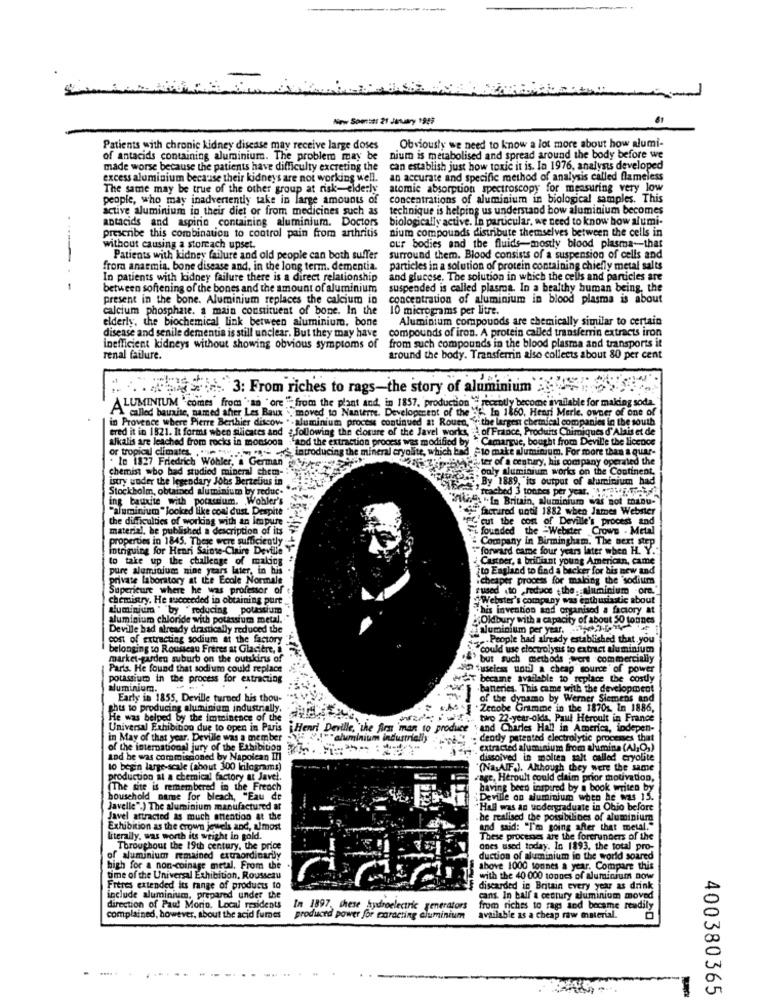
New Som:s: 21 Jetutry 1949
Patients with chronic kidney disease may receive large doses
Obviously we need to know a lot more about how alumi-
of antacids containing aluminium. The problem may be
nium is metabolised and spread around the body before we
made worse because the patients have difficulty excreting the
can establish just how toxic it is. In 1976, analysts developed
excess aluminium because their kidneys are not working well.
an accurate and specific method of analysis called flameless
The same may be true of the other group at risk-elderly atomic absorption spectroscopy for measuring very low
people, who may inadvertently take in large amounts of concentrations of aluminium in biological samples. This
active aluminium in their diet or from medicines such as
technique is helping us understand bow aluminium becomes
antacids and aspirin containing aluminium. Doctors
biologically active. In particular, we need to know how alumi-
nium compounds distribute themselves between the cells in
prescribe this combination to control pain from arthritis
without causing a stomach upset.
our bodies and the fluids-mostly blood plasma-that
---
Patients with kidney failure and old people can both suffer
surround them. Blood consists of a suspension of cells and
from anaemia, bone disease and, in the long term. dementia.
particles in a solution of protein containing chiefly metal salts
In patients with kidney failure there is a direct relationship
and glucose. The solution in which the cells and particles are
- -
between softening of the bones and the amount of aluminium
suspended is called plasmoa. In a healthy human being, the
present in the bone. Aluminium replaces the calcium in
concentration of aluminium in blood plasma is about
calcium phosphate. a main constituent of bone. In the
10 micrograms per litre.
elderly, the biochemical link between aluminium. bone
Aluminium compounds are chemically similar to certain
compounds of iron. A protein called transferrin extracts iron
disease and senile dementia is still unclear. But they may have
inefficient kidneys without showing obvious symptoms of
from such compounds in the blood plasma and transports it
renal failure.
around the body. Transferrin also collects about 80 per cent
MAhog war .. 3: From riches to rags-the story of aluminium ::
ALUMINIUM "comes" from "an "ore "" from the plant and, in 1857, production " recently become available for making soda.
called bauxite, named after Les Baux , moved to Nanterre. Development of the .", In 1860. Henri Merle. owner of one of
in Provence where Pierre Berthier discove " . aluminium process continued at Rouen, the largen chemical companies in the south
tred it in 1821. It forms when silicates and @ following the closure of the Javel works, " of France, Produits Chimiques d'Alais et de
or tropical climates. . .. ..
introducing the mineral cryolite, which bad "to make aluminium. For more than a Quar-
and the extraction process was modified by
. le 1827 Friedrich Wohler, a German werkes"
zee burg ter of a century, his company operated the
chemist =bo had studied mineral chem-
poly aluminium works on the Continent,
istry under the legendary Jobs Berzelius in
By 1889, its output of aluminium had
Stockholm, obtained aluminium by reduc.
"reached 3 tonnes per
ing bauxite with potassium. Wohler's
Auf "In Britain, aluminium was not manu-
"aluminium " looked like coal dust. Despite
factured until 1882 when James Webster
the difficulties of working with an Impure
"cut the cost of Deville's process and
material, be published a description of its
founded the -Webster Crowe - Metal
properties in 1845. These were sufficiently
Company in Birmingham. The next step
intriguing for Henri Sainte-Claire
"forward came four years later when H. Y .:
to take up the challenge of maldos
Castoer, a brilliant young American, came
pure aluminium nine years later, in his
[to England to find a bec)
ker for bis new and
private laboratory at the Ecole Normale
.cheaper process for mai
ag the 'sodium
Superieure where he was professor of
tused (to reduce the. aluminium O
chemistry. He succeeded in obtaining purt.
Webster's company was enthusiastic about
aluminium " by "reducing potassium
This invention and organised a factory at
aluminium chloride with potassium metal.
Oldbury with a capacity of about 50 tonnes
Deville had already drastically reduced the
aluminium per year.
cost of extracting sodium at the factory
People had already established that you
belonging to Rousseau Freres at Glacitre,
"could use eloctroi
"could use electrolysis to extract aluminium
market-garden suburb on the outskirts of
but such methods wert commercially
Paris. He found that sodium could replace
" "useless until a cheap source of power
potassium in the process for extracting
became available to replace the costly
aluminiuma.
. batteries. This came with the development
Early in 1855, Deville turned his thou-
of the dynamo by Werner Siemens and
ghts to producing aluminium industrially.
Zenobe Gramme in the 18701 In_1886,
He was belped by the imminence of the
tiro 22-year-olds, Paul Heroult in France
Universal Exhibibon due to open in Paris Henri Deville,
produce
and Charles Hall in America, indepen-
in May of that year. Deville was a member
. dendly patented electrolytic processes that
of the international jury of the Exhibition
extracted aluminium from alumina (A),O,)
sod be was commissioned by Napolean III
dissolved in moltea salt called cryolite
lo begin large-scale (about 300 kilograms)
(NasAIF.), Although they were the same
production al a chemical factory at Javel.
"age, Heroult could claim prior motivation,
(The site is remembered in the Freach
having been inspired by a book writen by
household name for bleach, "Eau de
Deville on aluminium when he was 15.
Javelle".) The aluminium manufactured at
"Hall was an undergraduate in Ohio before
Javel attracted as much attention at the
he realised the possibilines of aluminium
Exhibition as the crown jewels and, almost
and said: "I'm going after that metal."
literally, was worth its weight in gold.
These processes are the forerunners of the
Throughout the 19th century, the price
ones used today. In 1893, the total pro-
of aluminium remained extraordinarily
duction of aluminium in the world soared
bigh for a non-coinage metal, From the
above 1000 tonnes a year. Compare this
time of the Universal Exhibition, Rousseau
with the 40 000 tonnes of aluminium now
Frères extended its range of products to
discarded in Britain every year as drink
include aluminium, prepared under the
cans. In half a century aluminium moved
direction of Paul Morin, Local residents
In 1897, these hydroelectric generators
from riches to rags and became readily
complained, however, about the acid fumes
produced power for maracting aluminium
available as a cheap raw material.
400380365